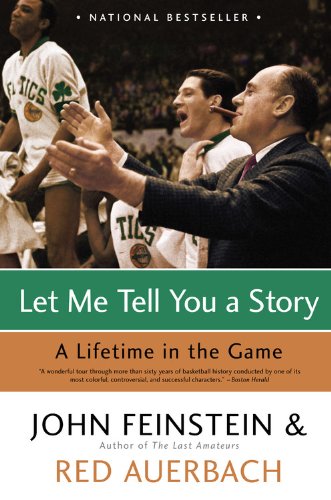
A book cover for Let Me Tell You a Story: A Lifetime in the Game; John Feinstein; Biographies & Memoirs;